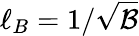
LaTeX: \ell_{B}=1/\sqrt{\mathcal{B}}